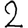
Digit: 2